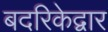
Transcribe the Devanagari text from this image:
बदरिकेद्वार